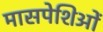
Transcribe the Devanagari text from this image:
मासपेशिओं